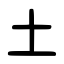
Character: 土